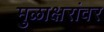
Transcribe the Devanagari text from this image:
मुळाक्षरांवर